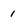
Character: 1